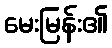
မေးမြန်း၏